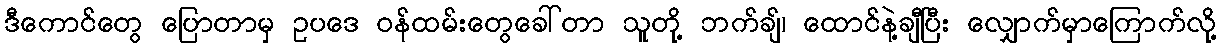
ဒီကောင်တွေ ပြောတာမှ ဥပဒေ ဝန်ထမ်းတွေခေါ်တာ သူတို့ ဘက်ချ်၊ ထောင်နဲ့ချီပြီး လျှောက်မှာကြောက်လို့